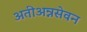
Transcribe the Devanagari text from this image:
अतीअन्नसेवन